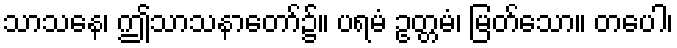
သာသနေ၊ ဤသာသနာတော်၌။ ပရမံ ဥတ္တမံ၊ မြတ်သော။ တပေါ၊